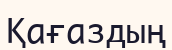
Қағаздың